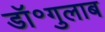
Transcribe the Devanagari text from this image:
डॉ॰गुलाब